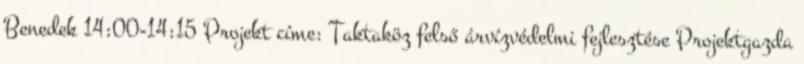
Benedek 14:00-14:15 Projekt címe: Taktaköz felső árvízvédelmi fejlesztése Projektgazda